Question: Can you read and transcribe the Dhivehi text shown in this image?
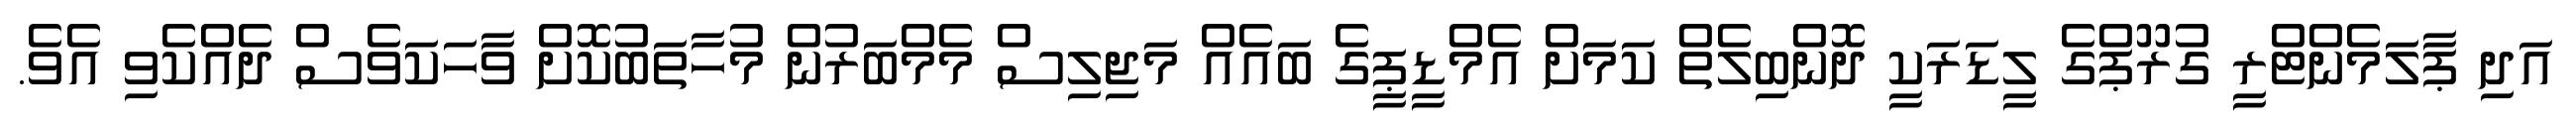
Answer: އަދި ޕާލަމެންޓްރީ ގުރޫޕްގެ ލީޑަރަކީ ދޮންބިލެތް ކަމަށް އެމްޑީޕީގެ ބައެއް މަޖިލިސް މެމްބަރުން މުހާތަބުކޮށް ވާހަކަވެސް ދެއްކެވި އެވެ.